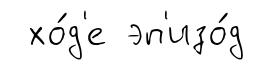
хо́д'е эп'изо́д